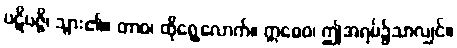
ပဋိပဇ္ဇိ၊ သွား၏။ တာဝ၊ ထိုရွေ့လောက်။ ဣဓေဝ၊ ဤအရပ်၌သာလျှင်။